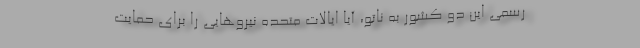
رسمی این دو کشور به ناتو، آیا ایالات متحده نیروهایی را برای حمایت